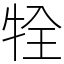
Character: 牷